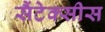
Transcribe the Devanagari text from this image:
सैंटेक्सीस